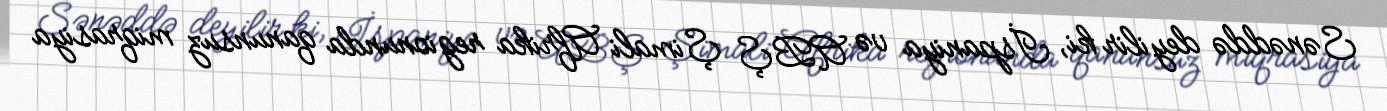
Sənəddə deyilir ki, İspaniya və ABŞ Şimali Afrika regionunda qanunsuz miqrasiya